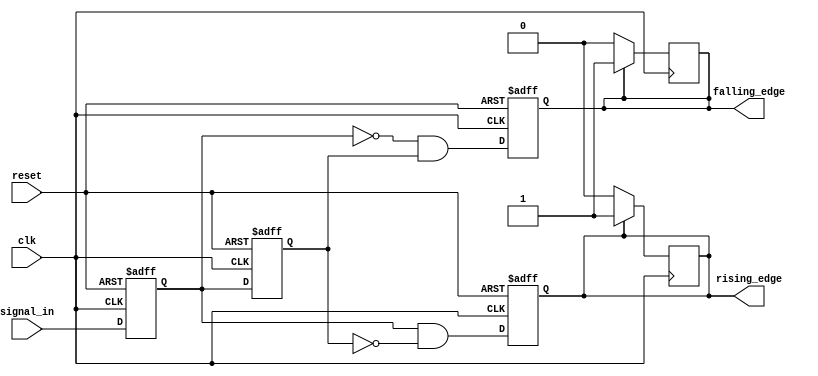
module glitch_free_edge_detector (
    input wire clk,                // Clock signal
    input wire reset,              // Reset signal
    input wire signal_in,          // Input signal to be monitored
    output reg rising_edge,        // Rising edge output
    output reg falling_edge        // Falling edge output
);

    // Memory blocks to store current and previous states
    reg current_state;             // Current state of the input signal
    reg previous_state;            // Previous state of the input signal

    // Sequential logic for state updates
    always @(posedge clk or posedge reset) begin
        if (reset) begin
            current_state <= 1'b0; // Initialize current state to low
            previous_state <= 1'b0; // Initialize previous state to low
            rising_edge <= 1'b0;     // Initialize rising edge output to low
            falling_edge <= 1'b0;    // Initialize falling edge output to low
        end else begin
            // Update previous state to current state
            previous_state <= current_state;
            // Update current state to the input signal
            current_state <= signal_in;

            // Edge detection logic
            rising_edge <= (current_state && !previous_state); // Rising edge detected
            falling_edge <= (!current_state && previous_state); // Falling edge detected
        end
    end

    // Reset edge outputs after one clock cycle
    always @(posedge clk) begin
        if (rising_edge) begin
            rising_edge <= 1'b1; // Assert rising edge for one clock cycle
        end else begin
            rising_edge <= 1'b0; // Reset rising edge output
        end

        if (falling_edge) begin
            falling_edge <= 1'b1; // Assert falling edge for one clock cycle
        end else begin
            falling_edge <= 1'b0; // Reset falling edge output
        end
    end

endmodule